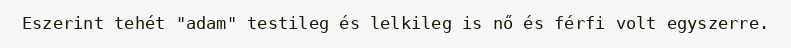
Eszerint tehét "adam" testileg és lelkileg is nő és férfi volt egyszerre.